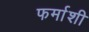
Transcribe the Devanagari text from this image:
फर्माशी